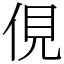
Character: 俔